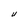
Character: U